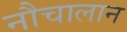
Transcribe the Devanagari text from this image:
नौचालान